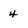
Character: 4